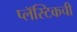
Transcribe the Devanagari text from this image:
प्लॅस्टिकची